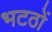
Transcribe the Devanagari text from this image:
भटठों